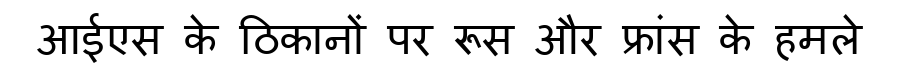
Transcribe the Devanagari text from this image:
आईएस के ठिकानों पर रूस और फ्रांस के हमले